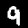
Label: 9